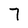
Character: 7